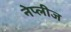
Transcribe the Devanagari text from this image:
नेप्लीज